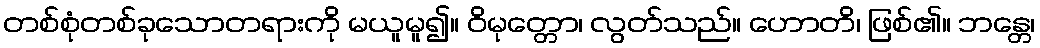
တစ်စုံတစ်ခုသောတရားကို မယူမူ၍။ ဝိမုတ္တော၊ လွတ်သည်။ ဟောတိ၊ ဖြစ်၏။ ဘန္တေ၊